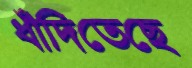
ধাঁদিতেছে